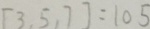
[ 3 , 5 , 7 ] = 1 0 5